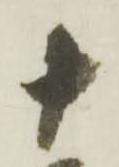
十